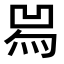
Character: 𤉡